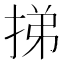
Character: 挮